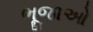
ભૂજાઓ